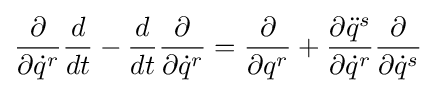
{\frac {\partial }{\partial {\dot {q}}^{r}}}{\frac {d}{dt}}-{\frac {d}{dt}}{\frac {\partial }{\partial {\dot {q}}^{r}}}={\frac {\partial }{\partial q^{r}}}+{\frac {\partial {\ddot {q}}^{s}}{\partial {\dot {q}}^{r}}}{\frac {\partial }{\partial {\dot {q}}^{s}}}